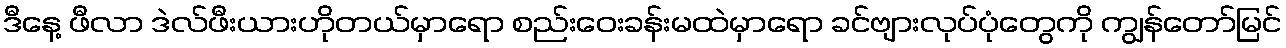
ဒီနေ့ ဖီလာ ဒဲလ်ဖီးယားဟိုတယ်မှာရော စည်းဝေးခန်းမထဲမှာရော ခင်ဗျားလုပ်ပုံတွေကို ကျွန်တော်မြင်